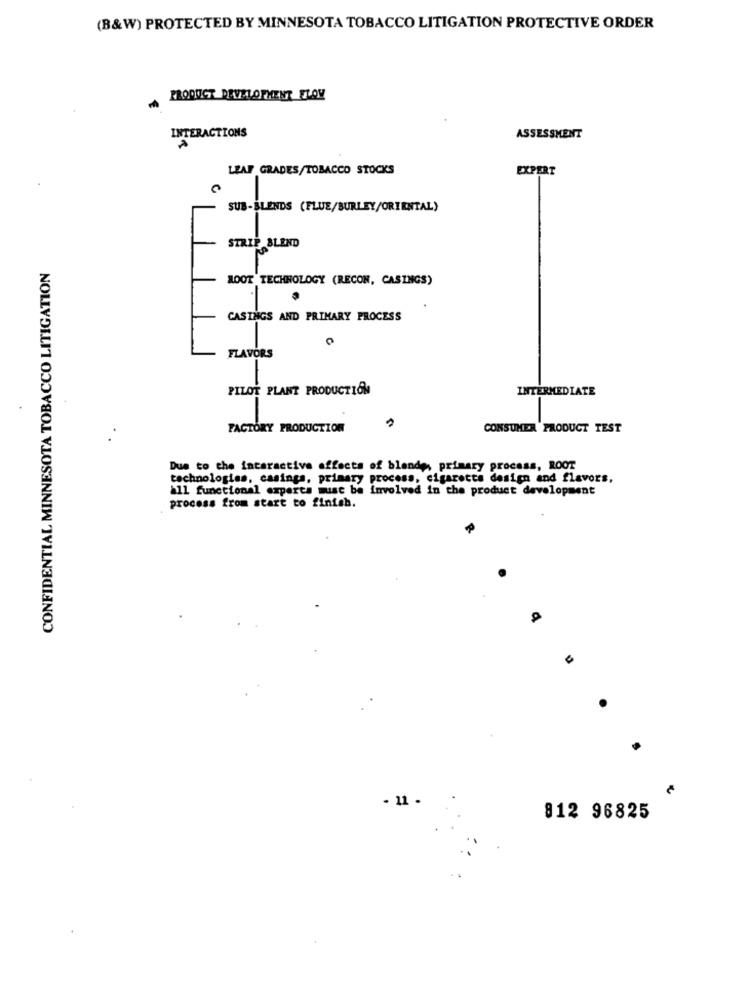
(B&W) PROTECTED BY MINNESOTA TOBACCO LITIGATION PROTECTIVE ORDER
PRODUCT DEVELOPMENT FLOW
INTERACTIONS
ASSESSMENT
LEAF GRADES/TOBACCO STOCKS
EXPERT
SUB-BLENDS (FLUE/BURLEY/ORIENTAL)
STRIP BLEND
CONFIDENTIAL MINNESOTA TOBACCO LITIGATION
MOOT TECHNOLOGY (RECON, CASINGS)
CASINGS AND PRIMARY PROCESS
FLAVORS
PILOT PLANT PRODUCTION
INTERMEDIATE
FACTORY PRODUCTION
CONSUMER PRODUCT TEST
Due to the interactive effects of blende, primary process, ROOT
technologies, casings, primary process, cigarette design and flavors,
all functional experts must be involved in the product development
process from start to finish.
- 11 .
812 96825